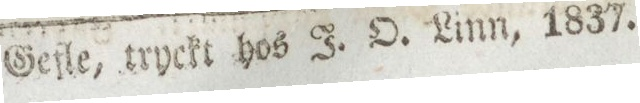
Gefle, tryckt hos J. O. Linn, 1837.